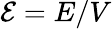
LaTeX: \mathcal{E}=E/V